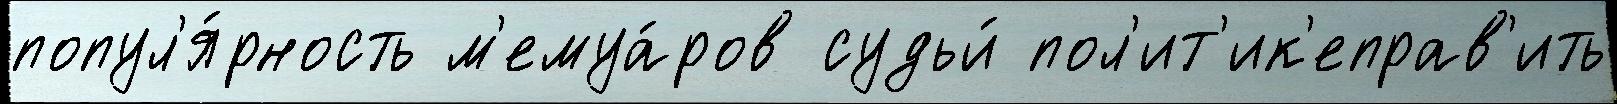
попул'я́рность м'емуа́ров судьи́ пол'ит'ик'еправ'ить